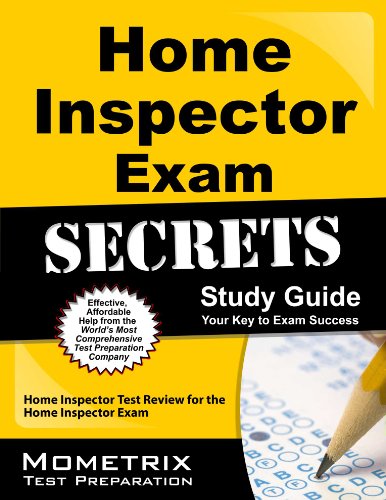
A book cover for Home Inspector Exam Secrets Study Guide: Home Inspector Test Review for the Home Inspector Exam; Home Inspector Exam Secrets Test Prep Team; Test Preparation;